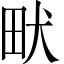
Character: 畎